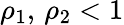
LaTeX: \rho_{1},\, \rho_{2}<1